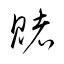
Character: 賭